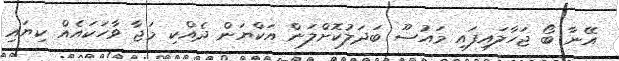
އޭނާ ބޯ ޖަހާލައިފައި މައުޟޫ ބަދަލުކޮށްލަން އަކްޔަން ދެއްކި މަޖާ ވާހަކައެއް ކިޔައި